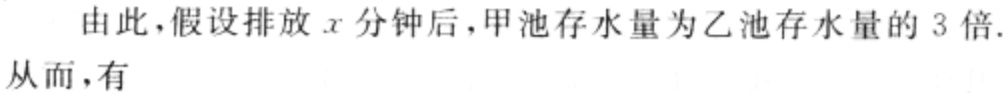
由此，假设排放 \(x\) 分钟后，甲池存水量为乙池存水量的 3 倍.

从而，有